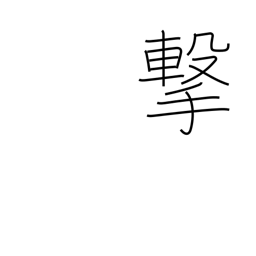
Meaning: attack